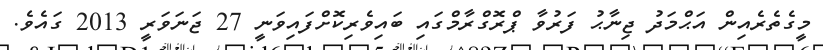
މީގެތެރެއިން އަޙްމަދު ޖިނާޙު ފަރުވާ ޕްރޮގްރާމްގައި ބައިވެރިކޮށްފައިވަނީ 27 ޖަނަވަރީ 2013 ގައެވެ.